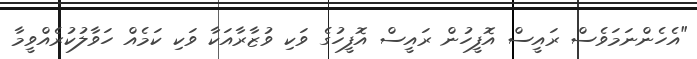
"އެހެންނަމަވެސް ރައީސް އޮފީހުން ރައީސް އޮފީހުގެ ވަކި ވުޒާރާއަކާ ވަކި ކަމެއް ހަވާލުކުރެއްވީމާ